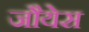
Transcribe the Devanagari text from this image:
जौयेस